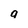
Character: a